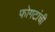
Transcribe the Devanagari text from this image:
फोगटांची